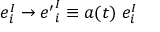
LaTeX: e _ { i } ^ { I } \to { e ^ { \prime } } _ { i } ^ { I } \equiv a ( t ) ~ e _ { i } ^ { I }